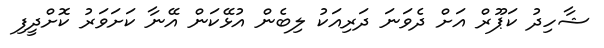
ޝާހިދު ކަޕޫރް އަށް ދެވަނަ ދަރިއަކު ލިބެން އުޅޭކަން އޭނާ ކަށަވަރު ކޮށްދީފި